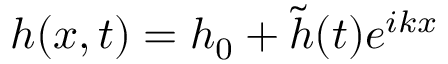
h ( x , t ) = h _ { 0 } + \tilde { h } ( t ) e ^ { i k x }